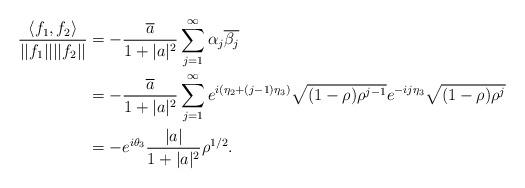
LaTeX: \begin{align*}\frac{\langle f_1,f_2\rangle}{||f_1||||f_2||}&=-\frac{\overline{a}}{1+|a|^2}\sum_{j=1}^{\infty}\alpha_j\overline{\beta_j}\\&=-\frac{\overline{a}}{1+|a|^2}\sum_{j=1}^{\infty}e^{i(\eta_2+(j-1)\eta_3)}\sqrt{(1-\rho)\rho^{j-1}}e^{-ij\eta_3}\sqrt{(1-\rho)\rho^j}\\&=-e^{i\theta_3}\frac{|a|}{1+|a|^2}\rho^{1/2}.\end{align*}